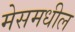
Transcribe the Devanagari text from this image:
मेसमधील